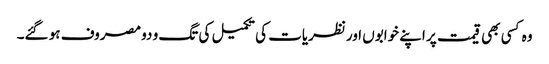
وہ کسی بھی قیمت پر اپنے خوابوں اورنظریات کی تکمیل کی تگ و دو مصروف ہو گئے۔